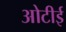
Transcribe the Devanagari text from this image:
ओटीई